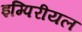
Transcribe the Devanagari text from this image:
इम्पिरीयल